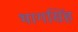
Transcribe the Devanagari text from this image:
भागसिंह